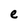
Character: e